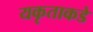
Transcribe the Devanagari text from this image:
यकृताकडे